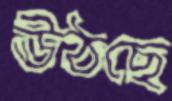
ঊঠছে